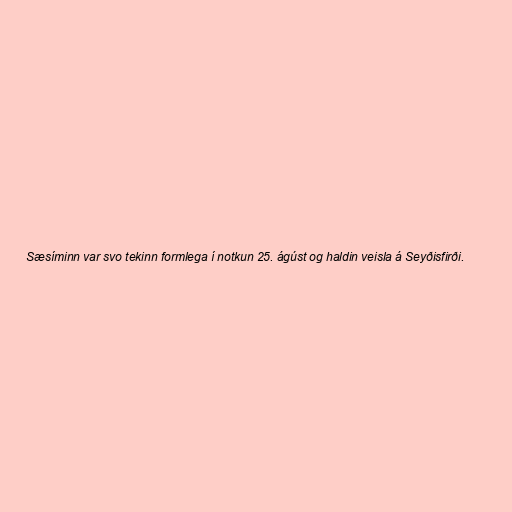
Sæsíminn var svo tekinn formlega í notkun 25. ágúst og haldin veisla á Seyðisfirði.